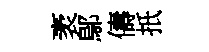
袤鄔儔扺